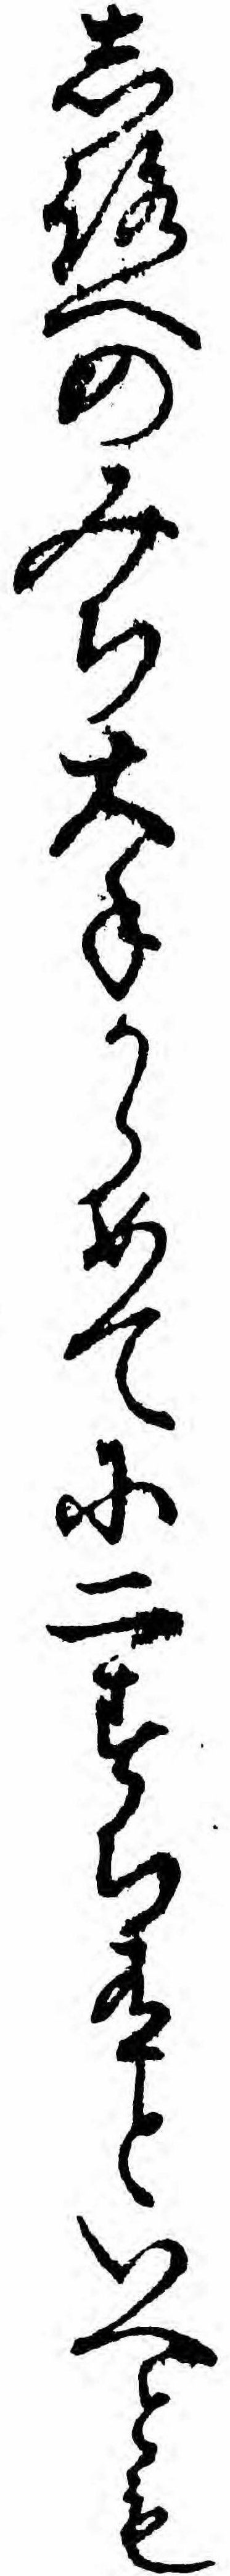
しろへのみち大手からめてに二すち有といへとも